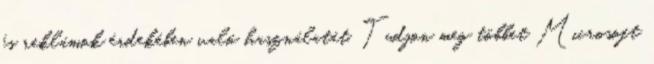
és reklámok érdekében való használatát. Tudjon meg többet Microsoft